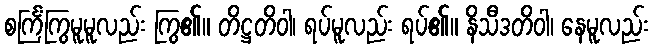
စင်္ကြံကြွမူမူလည်း ကြွ၏။ တိဋ္ဌတိဝါ၊ ရပ်မူလည်း ရပ်၏။ နိသီဒတိဝါ၊ နေမူလည်း